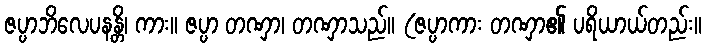
ဇပ္ပာဘိလေပနန္တိ၊ ကား။ ဇပ္ပာ တဏှာ၊ တဏှာသည်။ (ဇပ္ပာကား တဏှာ၏ ပရိယာယ်တည်း။